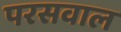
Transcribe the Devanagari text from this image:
परसवाल